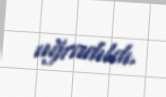
uğradıldı.